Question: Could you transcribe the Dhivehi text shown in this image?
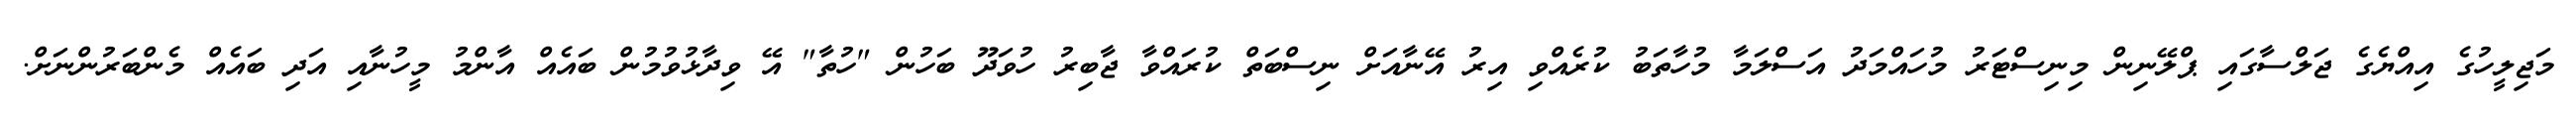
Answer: މަޖިލީހުގެ އިއްޔެގެ ޖަލްސާގައި ޕްލޭނިން މިނިސްޓަރު މުހައްމަދު އަސްލަމާ މުހާތަބު ކުރެއްވި އިރު އޭނާއަށް ނިސްބަތް ކުރައްވާ ޖާބިރު ހުވަދޫ ބަހުން "ހުތާ" އޭ ވިދާޅުވުމުން ބައެއް އާންމު މީހުނާއި އަދި ބައެއް މެންބަރުންނަށް.